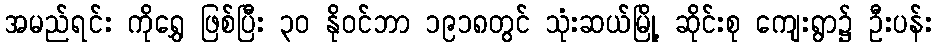
အမည်ရင်း ကိုရွှေ ဖြစ်ပြီး ၃၀ နိုဝင်ဘာ ၁၉၁၈တွင် သုံးဆယ်မြို့ ဆိုင်းစု ကျေးရွာ၌ ဦးပန်း